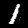
Label: 1